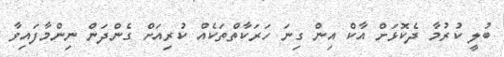
ބުލީ ކުރުމާ ދެކޮޅަށް އާކް އިން ގިނަ ހަރަކާތްތަކެއް ކުރިއަށް ގެންދަން ނިންމާފައިވާ